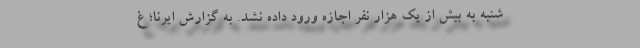
شنبه به بیش از یک هزار نفر اجازه ورود داده نشد. به گزارش ایرنا؛ غ